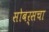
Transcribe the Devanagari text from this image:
सोबर्सचा